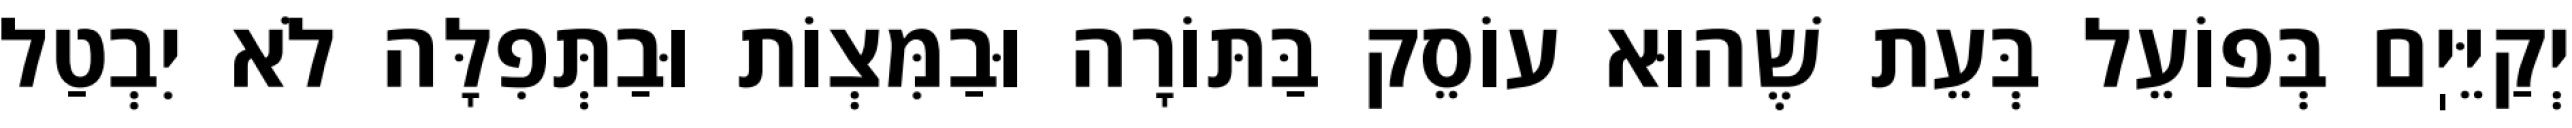
יְקַיֵּיֽם בְּפוֹעֵל בְּעֵת שֶׁהוּא עוֹסֵק בַּתּוֹרָה וּבַמִּצְוֹת וּבַתְּפִלָּה לֹא יִבְטַל